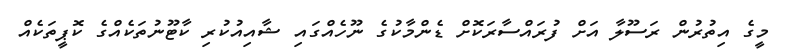
މީގެ އިތުރުން ރަސޫލާ އަށް ފުރައްސާރަކޮށް ޑެންމާކުގެ ނޫހެއްގައި ޝާއިއުކުރި ކާޓޫނުތަކެއްގެ ކޮޕީތަކެއް